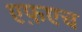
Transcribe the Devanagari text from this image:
एफ़एच